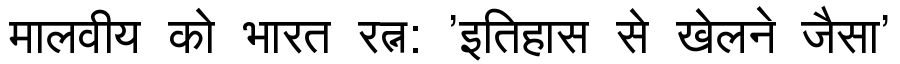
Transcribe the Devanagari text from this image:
मालवीय को भारत रत्न: 'इतिहास से खेलने जैसा'